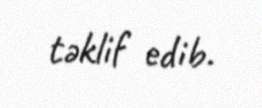
təklif edib.